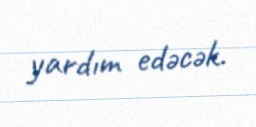
yardım edəcək.